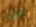
يوجد